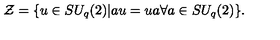
{ \cal Z } = \{ u \in S U _ { q } ( 2 ) | a u = u a \forall a \in S U _ { q } ( 2 ) \} .